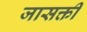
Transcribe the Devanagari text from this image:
जासक्ती